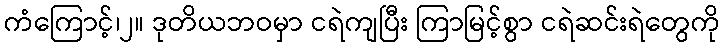
ကံကြောင့်၊၂။ ဒုတိယဘဝမှာ ငရဲကျပြီး ကြာမြင့်စွာ ငရဲဆင်းရဲတွေကို